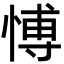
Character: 愽